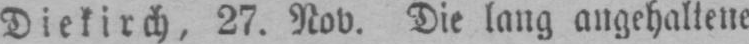
Diekirch, 27. Nov. Die lang angehaltene